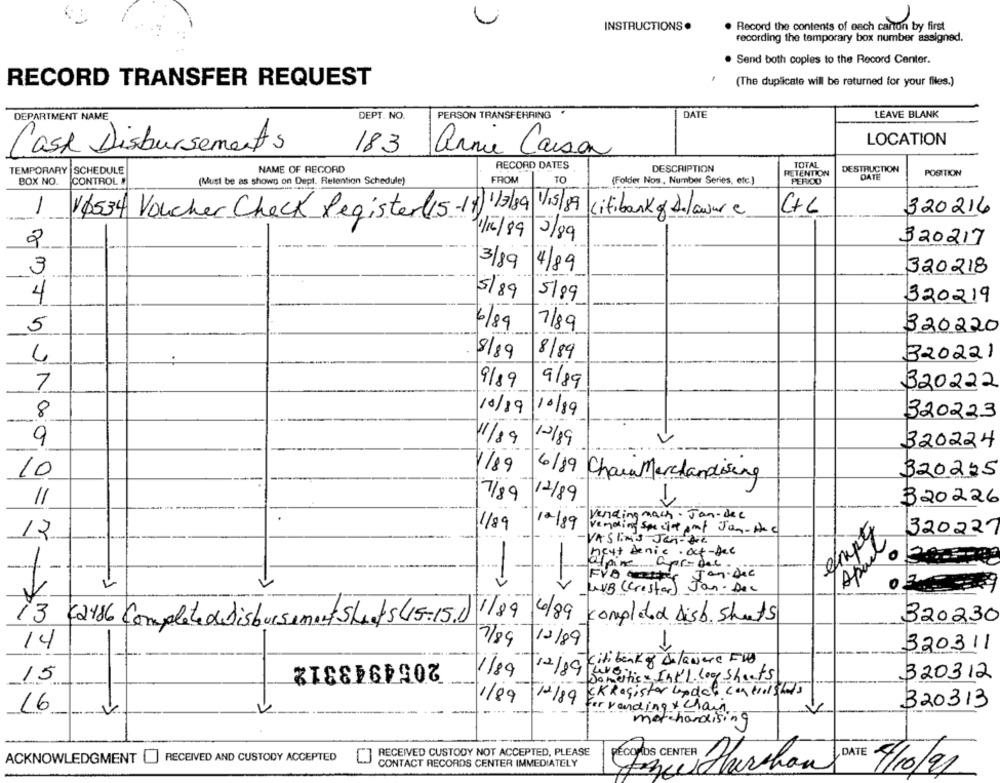
INSTRUCTIONS.
. Record the contents of each canon by first
recording the temporary box number assigned.
. Send both copies to the Record Center.
RECORD TRANSFER REQUEST
(The duplicate will be returned for your files.)
DEPARTMENT NAME
DEPT. NO.
PERSON TRANSFERRING
DATE
LEAVE BLANK
LOCATION
Cash Disbursements
183
arnie Causa
RECORD DATES
TOTAL
TEMPORARY |SCHEDULE
NAME OF RECORD
DESCRIPTION
RETENTION
DESTRUCTION
POSITION
BOX NO.
CONTROL!
(Must be as shown on Dept. Retention Schedule)
FROM
TO
(Folder Nos, Number Series, etc.)
PERICO
DATE
-
C+C
320216
16534 Voucher Check Register(15-11) 17/89 VIS|89
citibank ofDelaware
/a/89
3/89
2
320217
3/89
3
4/89
320218
4
5/89
5/89
320219
5
6/89
7/89
320220
4
8/89
8/89
320221
7
9/89
9/89
320222
8
10/19
10/89
320223
0
11/89
12/89
320224
1/89
10
6/89 CharaMerchandising
320225
11
7/89
12/89
320226
vending mach . Jan-dec
12
1/89
12/89
Vending Spe ct ant Jan- Hoc
320227
VA Slim'S -Jan- DE
meat denie . oct -Dee
Apaso
alpine
apr-dec.
-
Jan- Dec
1-1
UVB (crestor) Jan - Dec
1/89 6/89 completed Disb. shuts
320230
13 42486 Complete de Disbursement Staats (15-15.1)
7789
12/89
14
320311
2054943312
Citibankof Delaware FUD
1/89
12/19
15
Domestic = Int'l. log Shorts
320312
CK Register updet cahilshots
1/89
12/89
320313
16
or vanding & chain.
merchandising
RECEIVED CUSTODY NOT ACCEPTED, PLEASE
ACKNOWLEDGMENT [] RECEIVED AND CUSTODY ACCEPTED
DATE
CONTACT RECORDS CENTER IMMEDIATELY
RECORDS CENTER Parchan
4/10/91